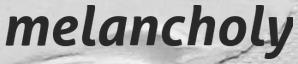
melancholy